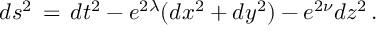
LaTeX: d s ^ { 2 } \, = \, d t ^ { 2 } - e ^ { 2 \lambda } ( d x ^ { 2 } + d y ^ { 2 } ) - e ^ { 2 \nu } d z ^ { 2 } \, .